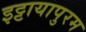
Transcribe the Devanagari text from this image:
इट्टायापुरम